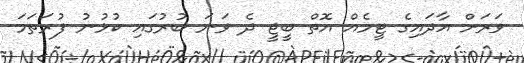
ވަރަށް އާދައިގެ ޓީމެއް އޮތް ބީޖީ ދެ ވަނަ ބުރުގައި ކުޅުނު ފުރަތަމަ